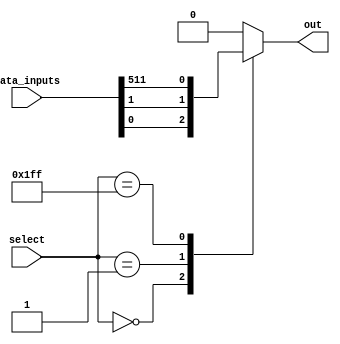
module mux512to1 (
    input [511:0] data_inputs,
    input [8:0] select,
    output reg out
);

always @(*) begin
    case(select)
        9'b000_000_000: out = data_inputs[0];
        9'b000_000_001: out = data_inputs[1];
        // add cases for all 512 data input lines
        // ...
        9'b111_111_111: out = data_inputs[511];
        default: out = 0; // handle default case if select is out of range
    endcase
end

endmodule